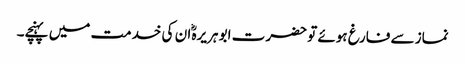
نماز سے فارغ ہوئے تو حضرت ابو ہریرہؓ ان کی خدمت میں پہنچے۔